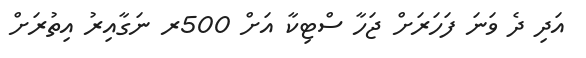
އަދި ދެ ވަނަ ފަހަރަށް ޖަހާ ސްޓިކާ އަށް 500ރ ނަގާއިރު އިތުރަށް